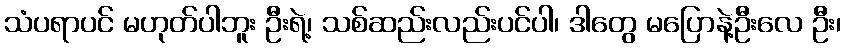
သံပရာပင် မဟုတ်ပါဘူး ဦးရဲ့၊ သစ်ဆည်းလည်းပင်ပါ၊ ဒါတွေ မပြောနဲ့ဦးလေ ဦး၊